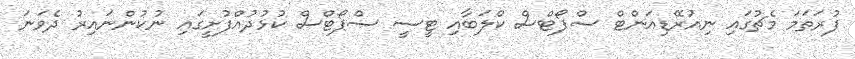
ފުރަތަމަ މެޗުގައި ނިއުރޭޑިއަންޓް ސްޕޯޓްސް ކްލަބާއި ޓީސީ ސްޕޯޓްސް ކުޅުދުއްފުށީގައި ނުކުންނައިރު ދެވަނަ